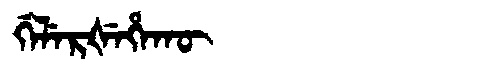
Manchu: ᡤᡝᠯᡝᡵᡧᡝᡥᠠᡴᡡ
Romanization: GELERŠEHAKŪ